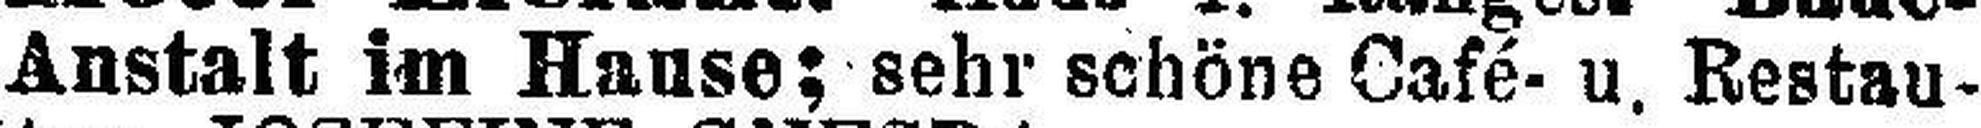
Anstalt im Hause; sehr schöne Café- u. Restau¬